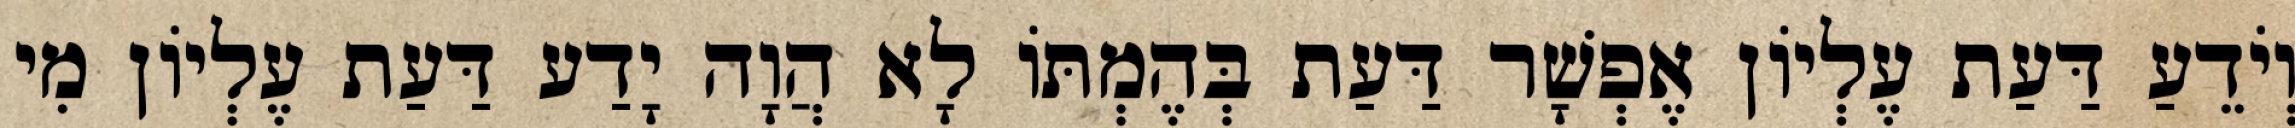
וְיֹדֵעַ דַּעַת עֶלְיוֹן אֶפְשָׁר דַּעַת בְּהֶמְתּוֹ לָא הֲוָה יָדַע דַּעַת עֶלְיוֹן מִי